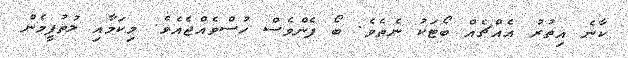
ކާނެ އިތުރު އެއްޗެއް ބޯޓަކު ނެތެވެ. ބޯ ފެންވެސް ހުސްވެއްޖެއެވެ. މިކަމާއި ލުތުފީމެން